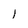
Character: l